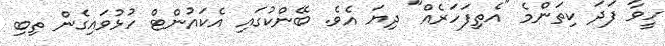
ހީވާ ފަދަ ކިތަންމެ "އެތިފަހަރެއް" ދިޔަ އެވެ. ބޭންކުގައި އެކައުންޓް ހުޅުވައިގެން ތިބި